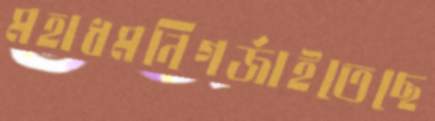
মহাধমনিগর্‌জাইতেছে